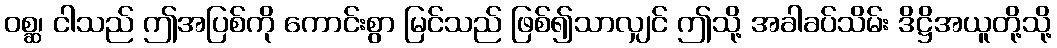
ဝစ္ဆ၊ ငါသည် ဤအပြစ်ကို ကောင်းစွာ မြင်သည် ဖြစ်၍သာလျှင် ဤသို့ အခါခပ်သိမ်း ဒိဋ္ဌိအယူတို့သို့